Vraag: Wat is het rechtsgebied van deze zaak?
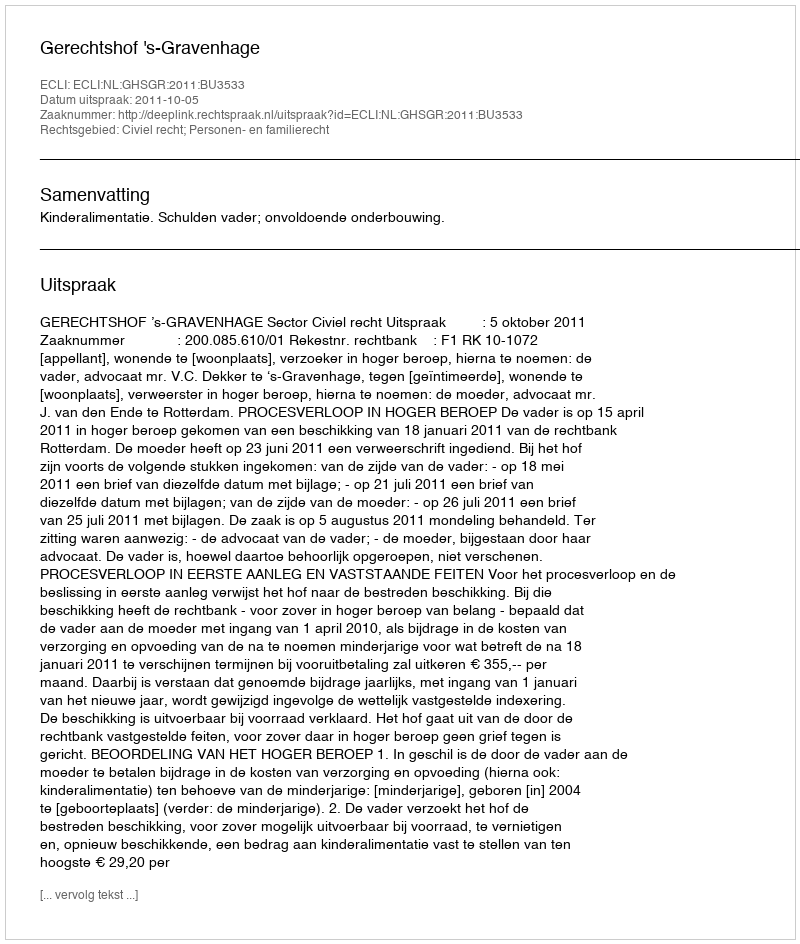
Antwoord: Civiel recht; Personen- en familierecht